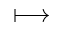
\longmapsto